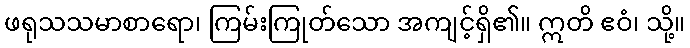
ဖရုသသမာစာရော၊ ကြမ်းကြုတ်သော အကျင့်ရှိ၏။ ဣတိ ဧဝံ၊ သို့။